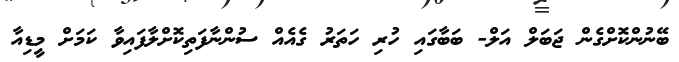
ބޭނުންކޮށްގެން ޖަބަލް އަލް- ބަބާގައި ހުރި ހަތަރު ގެއެއް ސުންނާފަތިކޮށްލާފައިވާ ކަމަށް މީޑިއާ